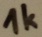
Text: 1K